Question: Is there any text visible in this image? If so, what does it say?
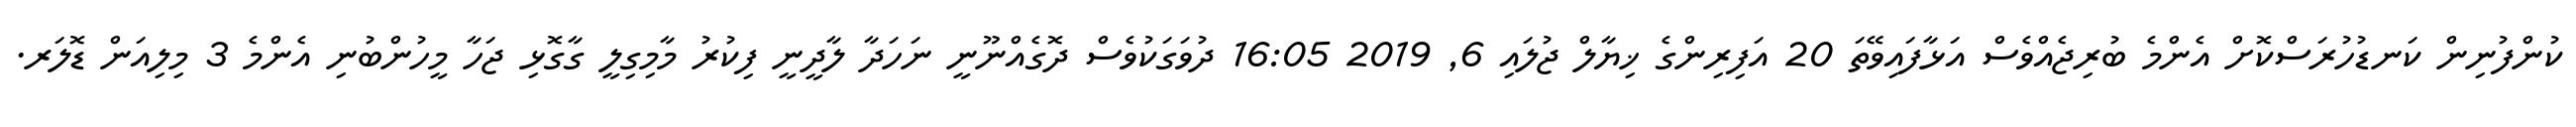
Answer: ކުންފުނިން ކަނޑުހުރަސްކޮށް އެންމެ ބުރިޖެއްވެސް އަޅާފައިވޭތަ 20 އަފިރިންގެ ޚިޔާލް ޖުލައި 6, 2019 16:05 ދުވަގަކުވެސް ދޮގެއްނޫނީ ނަހަދާ ލާދީނީ ފިކުރު މާމިގިލީ ގާގޮޅި ޖަހާ މީހުންބުނި އެންމެ 3 މިލިއަން ޑޮލަރ.